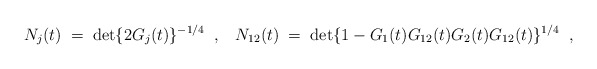
\begin{align*}N_j(t)\; =\;\det \{ 2G_j(t)\}^{-1/4}\;\; ,\;\;\;N_{12}(t)\; =\;\det \{ 1-G_1(t)G_{12}(t)G_2(t)G_{12}(t)\}^{1/4}\;\;, \end{align*}